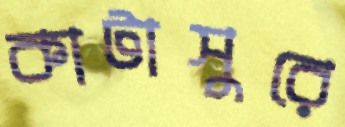
কাটাসুরে